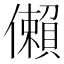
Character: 𫣻